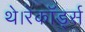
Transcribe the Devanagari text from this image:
थे।रेकॉर्ड्स